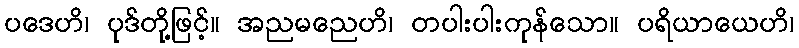
ပဒေဟိ၊ ပုဒ်တို့ဖြင့်။ အညမညေဟိ၊ တပါးပါးကုန်သော။ ပရိယာယေဟိ၊